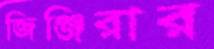
জিঞ্জিরার